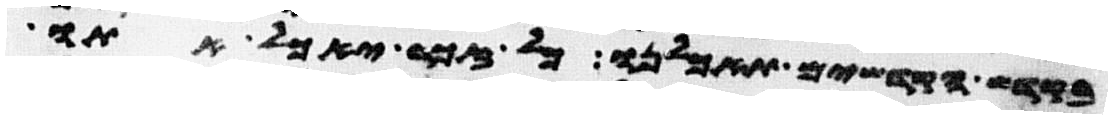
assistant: בקדש הקדשים תאכלנו כל זכר יאכל אתו